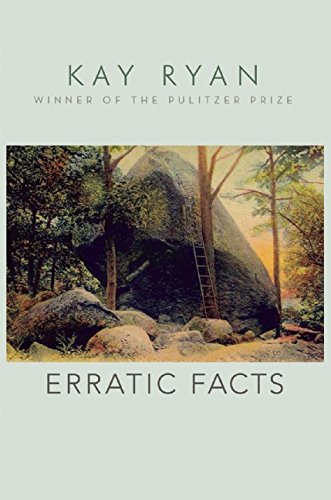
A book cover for Erratic Facts; Kay Ryan; Literature & Fiction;